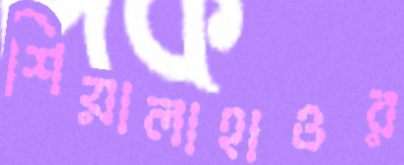
শিয়ালাহাওর